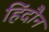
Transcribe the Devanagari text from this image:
हिंदौन